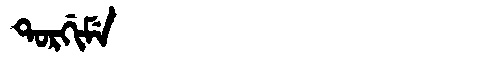
Manchu: ᡨᠣᡵᡤᡳᠮᡝ
Romanization: TORGIME